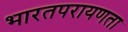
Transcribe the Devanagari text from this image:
भारतपरायणता